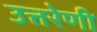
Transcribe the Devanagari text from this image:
उत्तरेणी